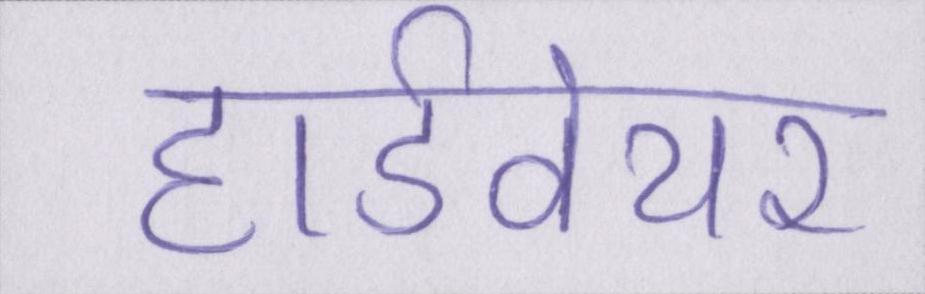
हार्डवेयर